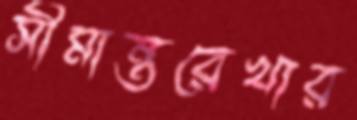
সীমান্তরেখার